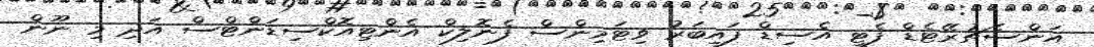
އަންސެޗުރޭޓެޑް ފެޓީ އެސިޑް ފައިބަރު ވިޓަމިންސް ފެނޮލިކް އެންޓިއޮކްސިޑަންޓްސް އަދި މި ނޫން